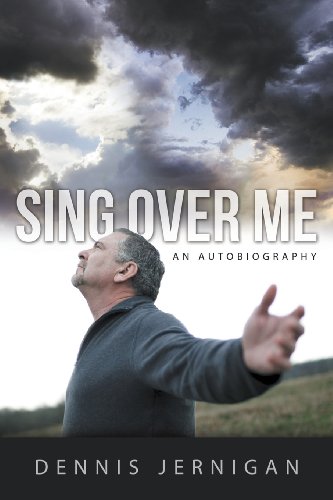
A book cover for Sing Over Me; Dennis Jernigan; Gay & Lesbian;